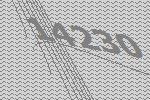
14230